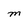
Character: m